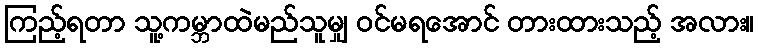
ကြည့်ရတာ သူ့ကမ္ဘာထဲမည်သူမျှ ဝင်မရအောင် တားထားသည့် အလား။